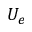
U _ { e }